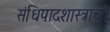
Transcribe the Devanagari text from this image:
संधिपादशास्त्राची